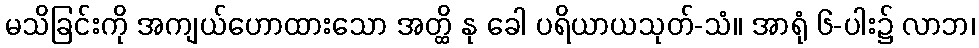
မသိခြင်းကို အကျယ်ဟောထားသော အတ္ထိ နု ခေါ ပရိယာယသုတ်-သံ။ အာရုံ ၆-ပါး၌ လာဘ၊